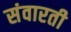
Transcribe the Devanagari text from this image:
संवारती